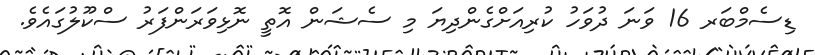
ޑިސެމްބަރ 16 ވަނަ ދުވަހު ކުރިއަށްގެންދިޔަ މި ސެޝަން އޮތީ ނޮޅިވަރަންފަރު ސްކޫލުގައެވެ.